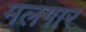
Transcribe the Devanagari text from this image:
मलगार